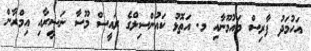
އަހުމަދު ފާރިސް މައުމޫނާއި މ. އަތޮޅު ކައުންސިލްގެ ރައީސް މޫސާ ނަސީރާއި އިމްރާން